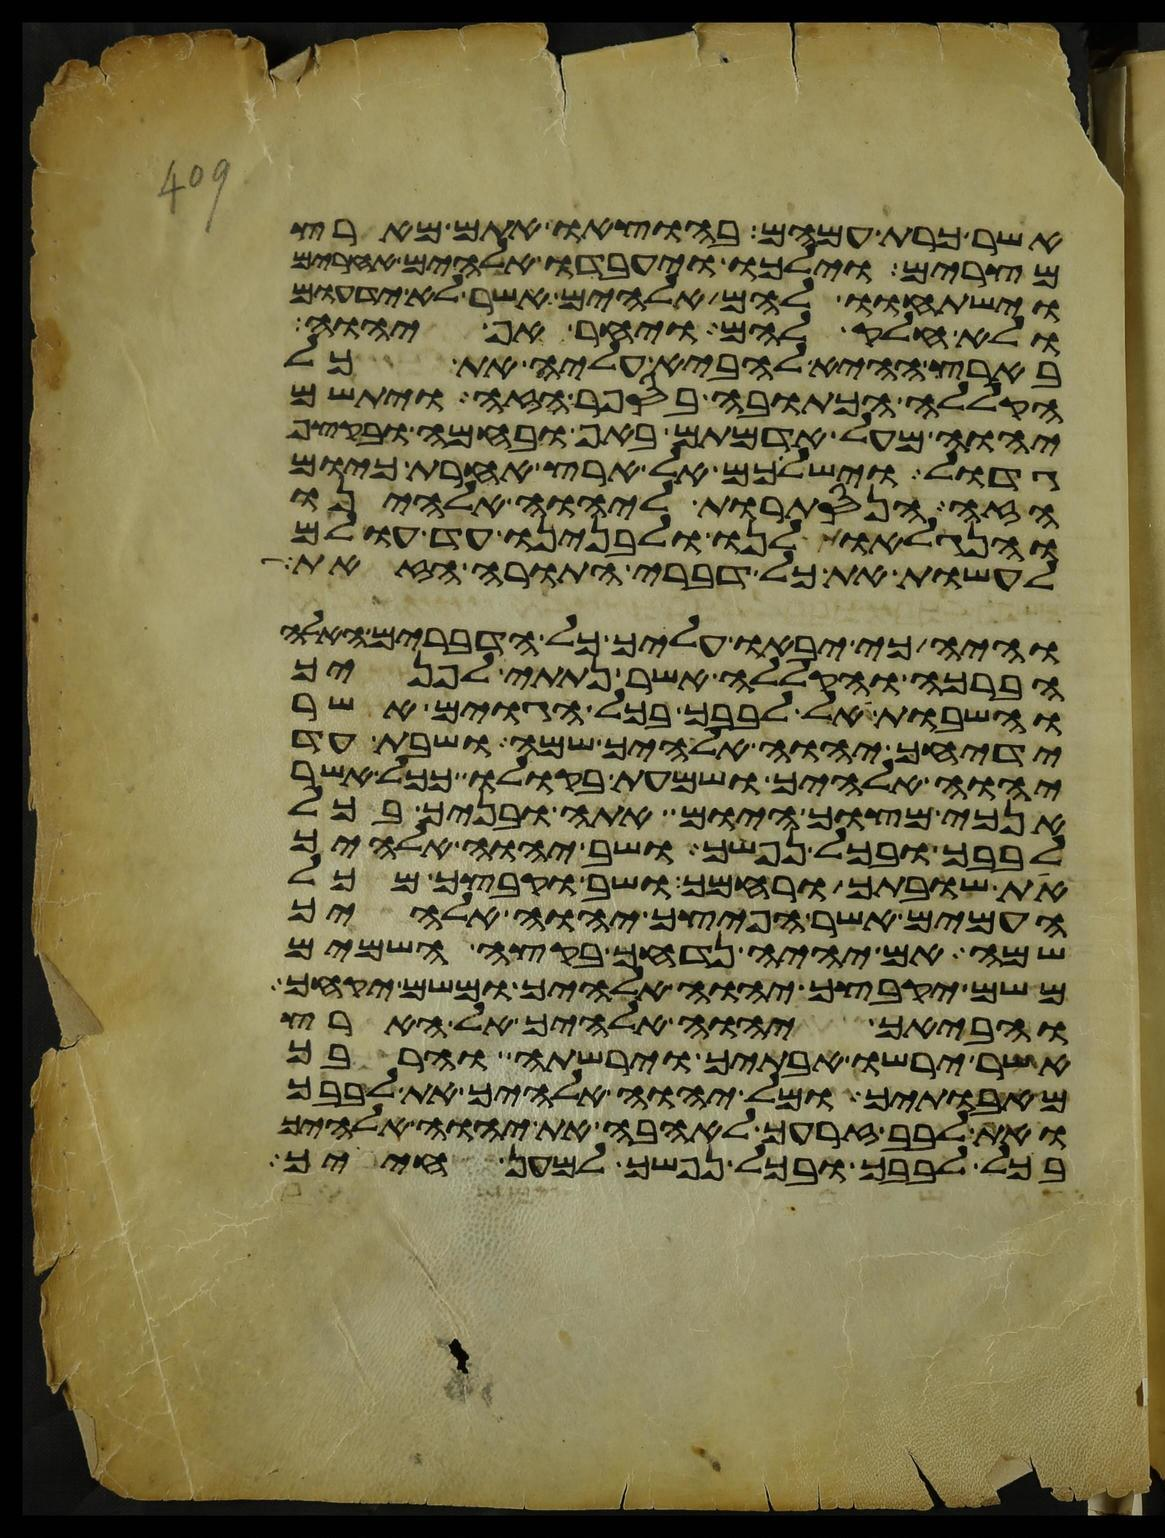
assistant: אשר כרת עמהם בהוצאו אתם מארץ
מצרים וילכו ויעבדו אלהים אחרים
וישתחוו להם אלהים אשר לא ידעום
ולא חלק להם ויחר אף יהוה
בארץ ההיא להביא עליה את כל
הקללה הכתובה בספר הזה ויתשם
יהוה מעל אדמתם באף ובחמה ובקצף
גדול וישלכם אל ארץ אחרת כיום
הזה הנסתרות ליהוה אלהינו
והנגלאות לנו ולבנינו עד עולם
לעשות את כל דברי התורה הזאת
והיה כי יבאו עליך כל הדברים האלה
הברכה והקללה אשר נתתי לפניך
והשבות אל לבבך בכל הגוים אשר
ידיחך יהוה אלהיך שמה ושבת עד
יהוה אלהיך ושמעת בקולו ככל אשר
אנכי מצוך היום אתה ובניך בכל
לבבך ובכל נפשך ושב יהוה אלהיך
את שובתך ורחמך ושב וקבצך מכל
העמים אשר הפיצך יהוה אלהיך
שם אם יהיה נדחך בקצה השמים
משם יקבצך יהוה אלהיך ומשם יקחך
והביאך יהוה אלהיך אל הארץ
אשר ירשו אבתיך וירשתה והרבך
מאבתיך ומל יהוה אלהיך את לבבך
ואת לבב זרעך לאהבה את יהוה אלהיך
בכל לבבך ובכל נפשך למען חייך